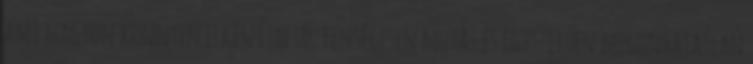
ami nagyon könnyen elkészíthető, fenségesen mutat és egyszerűen megunhatatlan